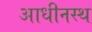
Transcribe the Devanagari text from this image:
आधीनस्थ